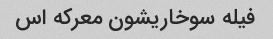
فیله سوخاریشون معرکه اس